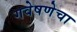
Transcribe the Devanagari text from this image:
गवेषणेचा